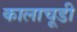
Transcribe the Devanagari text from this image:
कालाचूडी